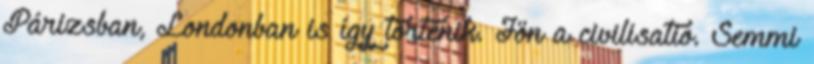
Párizsban, Londonban is így történik. Jön a civilisatio. Semmi